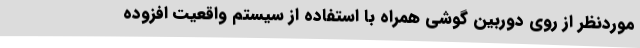
موردنظر از روی دوربین گوشی همراه با استفاده از سیستم واقعیت افزوده